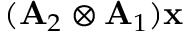
( \mathbf { A } _ { 2 } \otimes \mathbf { A } _ { 1 } ) \mathbf { x }